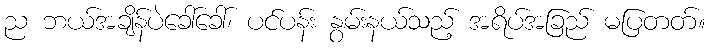
ည ဘယ်အချိန်ပဲခေါ်ခေါ်၊ ပင်ပန်း နွမ်းနယ်သည့် အရိပ်အခြည် မပြတတ်။